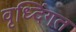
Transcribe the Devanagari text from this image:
वृध्दिंगत